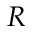
R